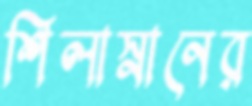
শিলাস্নানের